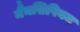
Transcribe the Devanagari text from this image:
मैंनसिपियम